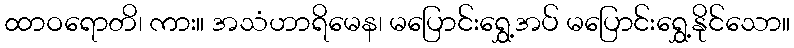
ထာဝရောတိ၊ ကား။ အသံဟာရိမေန၊ မပြောင်းရွှေ့အပ် မပြောင်းရွှေ့နိုင်သော။